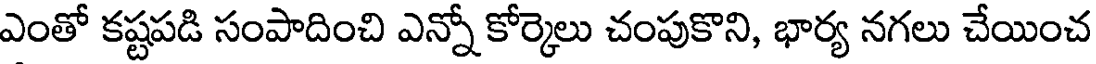
ఎంతో కష్టపడి సంపాదించి ఎన్నో కోర్కెలు చంపుకొని, భార్య నగలు చేయించ